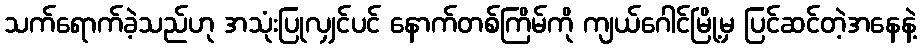
သက်ရောက်ခဲ့သည်ဟု အသုံးပြုလျှင်ပင် နောက်တစ်ကြိမ်ကို ကျယ်ဂေါင်မြို့မှ ပြင်ဆင်တဲ့အနေနဲ့